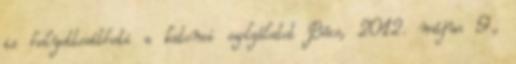
is helyettesítheti a katonai szolgálatot Bécs, 2012. május 9.,